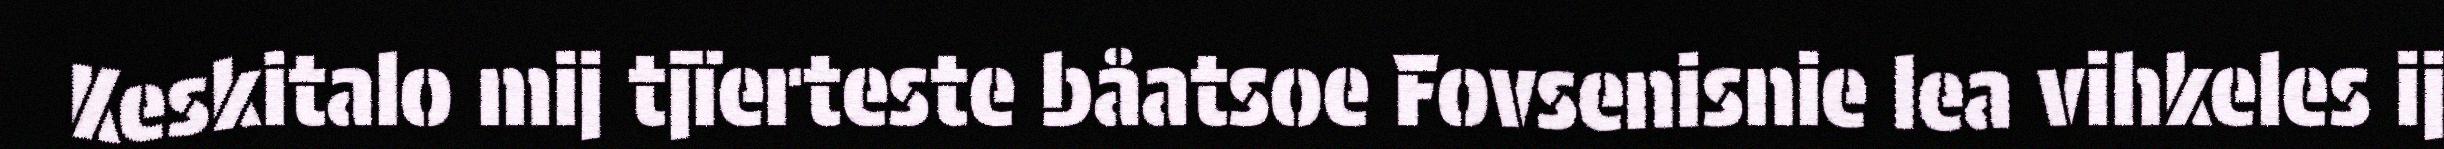
Keskitalo mij tjïerteste båatsoe Fovsenisnie lea vihkeles ij